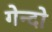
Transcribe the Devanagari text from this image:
गेन्दो